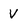
Character: V